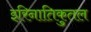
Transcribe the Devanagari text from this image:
इरिनातिकुतल